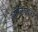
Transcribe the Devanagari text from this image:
ऑल्ड्विच